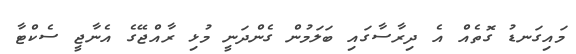
މައިގަނޑު ގޮތެއް އެ ދިރާސާގައި ބަލަމުން ގެންދަނީ މުޅި ރާއްޖޭގެ އެނާޖީ ސެކްޓާ